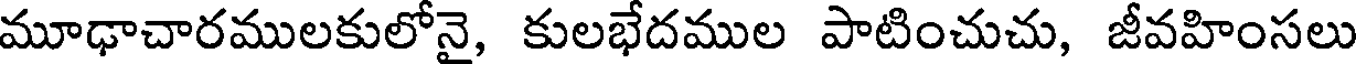
మూఢాచారములకులోనై, కులభేదముల పాటించుచు, జీవహింసలు